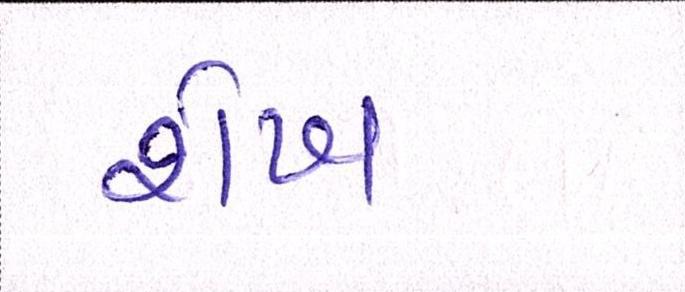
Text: શેખ